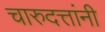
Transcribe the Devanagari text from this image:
चारुदत्तांनी